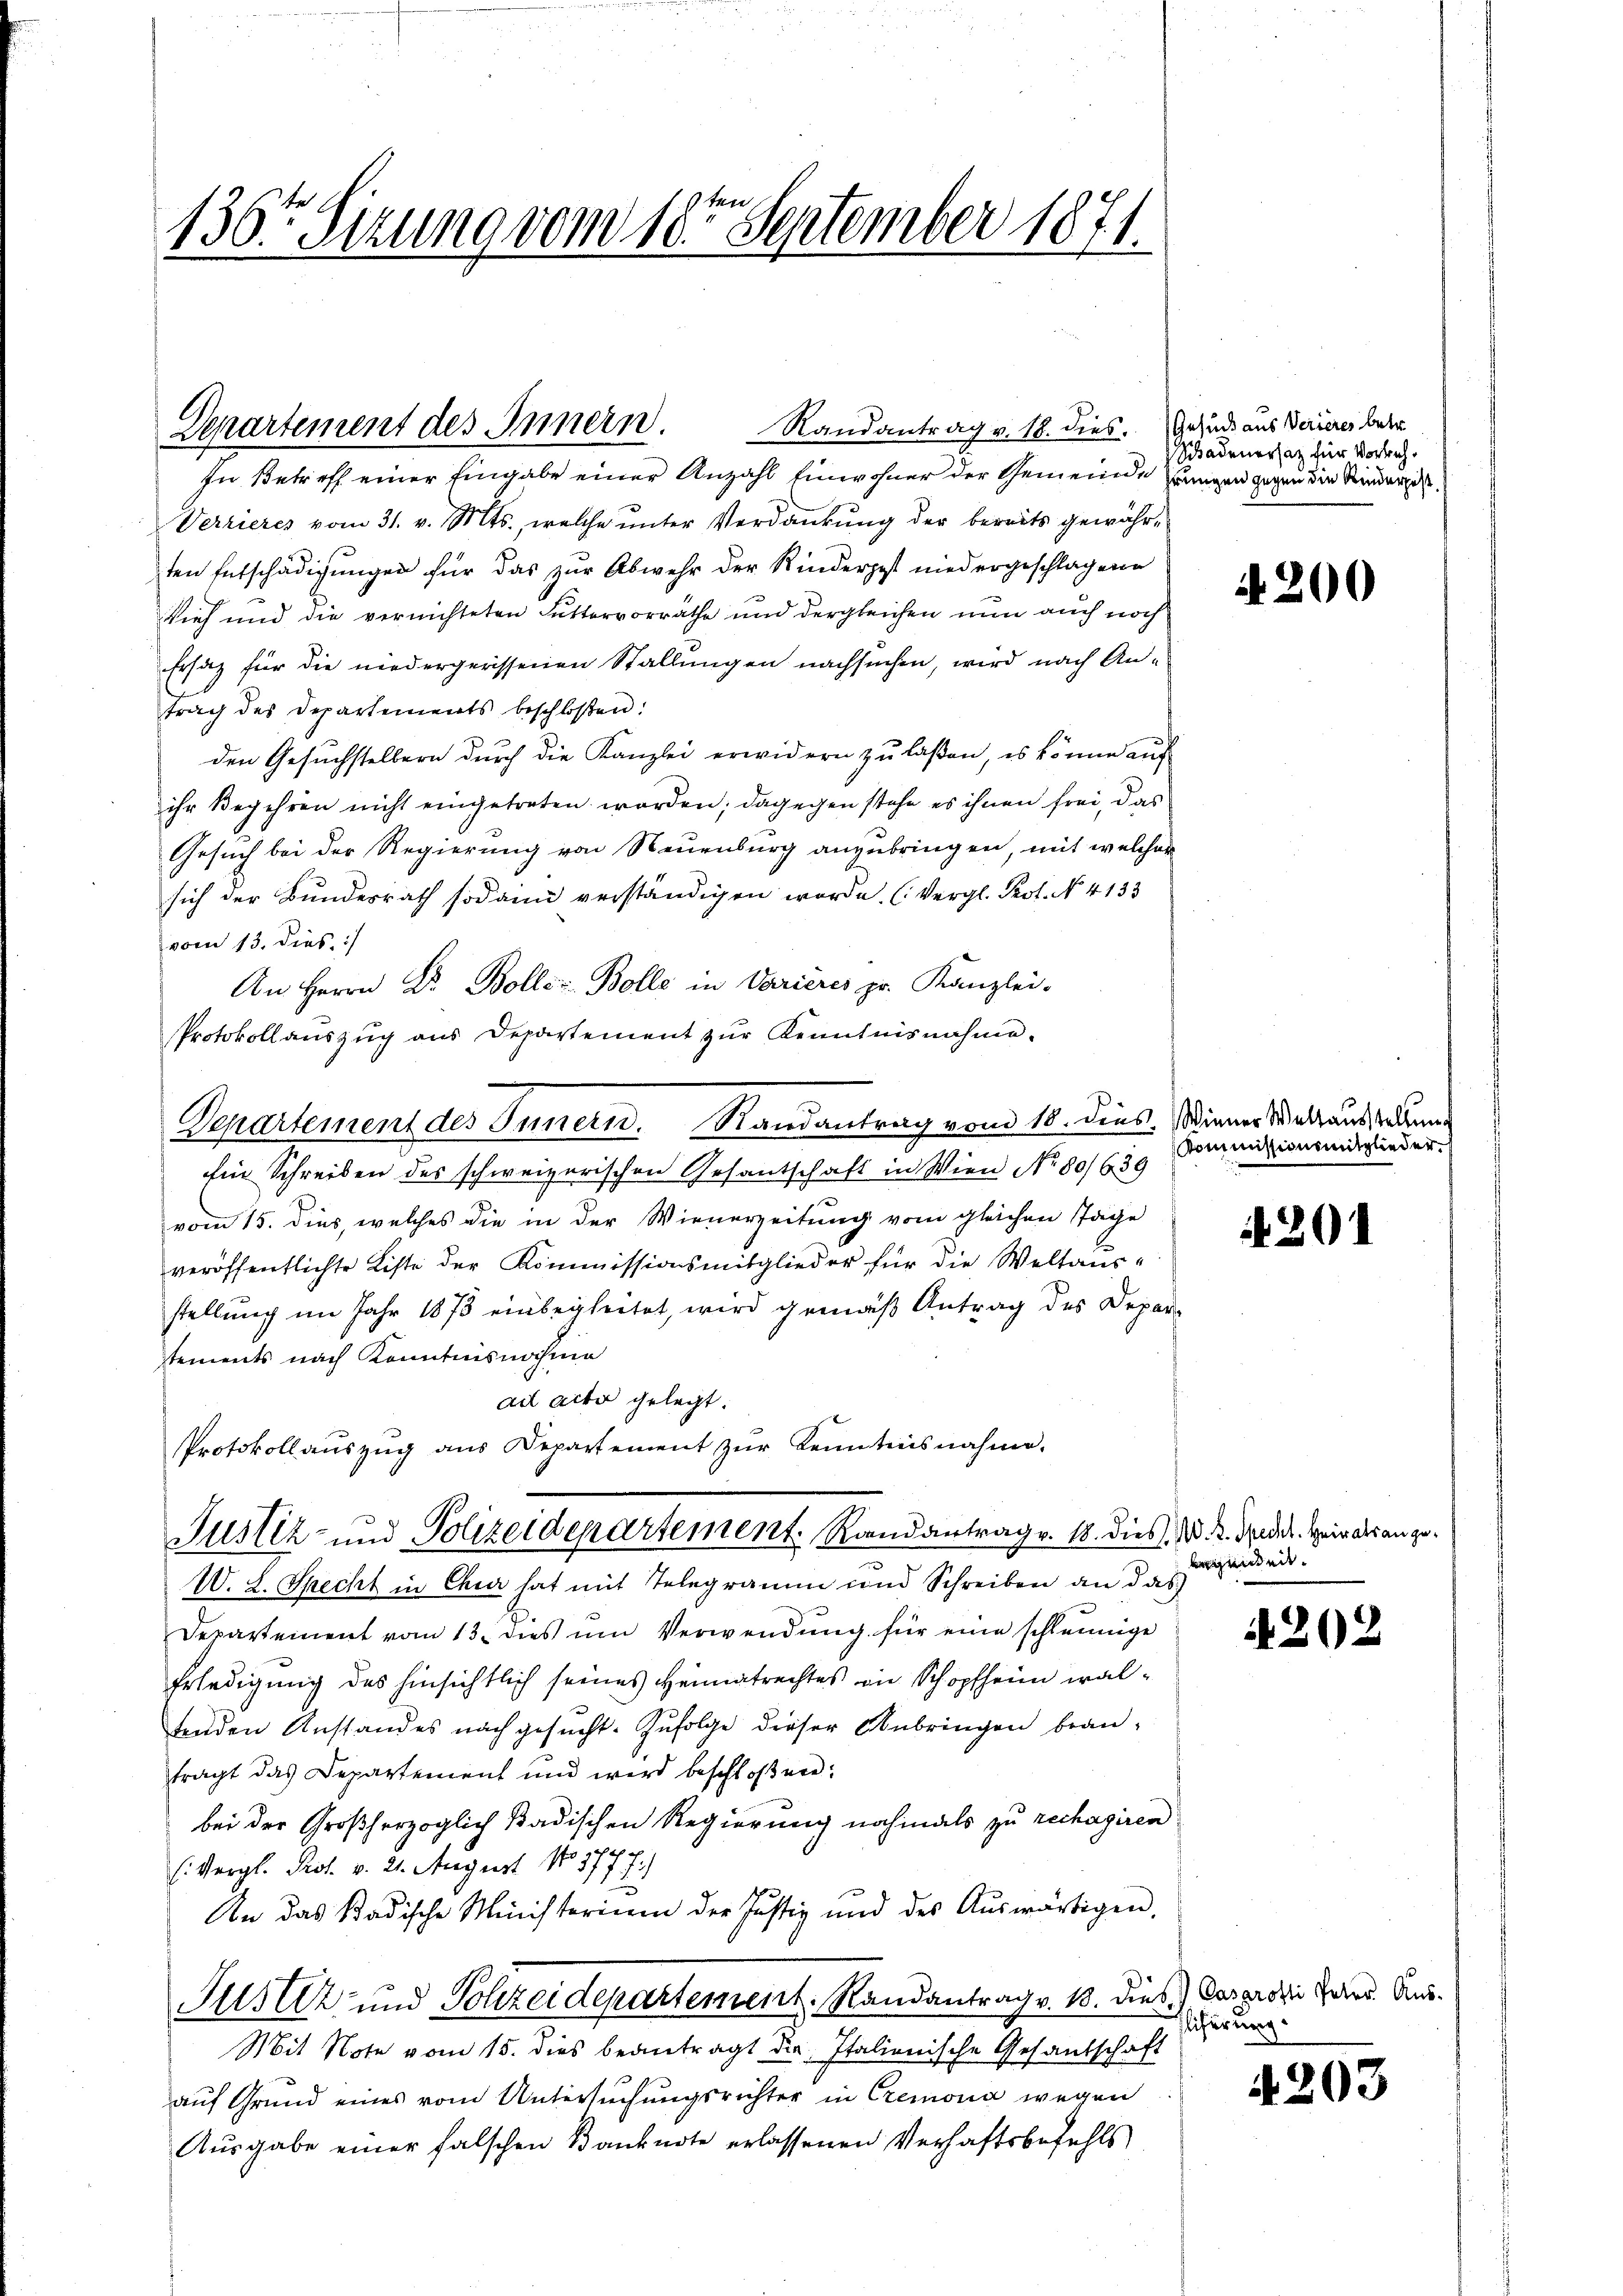
136ten Sizung vom 18ten September 1871.

Randantrag v. 18. dies. Gesind aus Serieres betr.
Departement des Innern.

In Betreff einer Eingabe einer Anzahl Einwohner der Gemeinde Zungen gegen die Kindersel¬
Verzieres vom 31. v. Mts., welche unter Verdankung der bereits gewährten Entschädigungen für das zur Abwehr der Kinderpost niedergeschlagene
Vieh und die vernichteten Futtervorräthe und dergleichen nun auch noch
Ersatz für die niedergerissenen Stallungen nachsuchen, wird nach Antrag des Departements beschloßen:
den Gesuchstellern durch die Kanzlei erwidern zu laßen, es könne auf
ihr Begehren nicht eingetreten worden; dagegen stehe es ihnen frei, das
Gesuch bei der Regierung von Neuenburg anzubringen, mit welcher
sich der Bundesrath sodann verständigen worde. (Vergl. Prot. No. 4133
vom 13. dies :/
An Herrn Dr. Boller Bolle in Varieres pr. Kanzlei-
Protokollauszug aus Departement zur Kenntnisnahme.
Ein Schreiben des schweizerischen Gesantschaft in Wien No 80/639
vom 15. dies, welches die in der Wienerzeitung vom gleichen Tage
veröffentlichte Kiste der Kommissionsmitglieder für die Weltausstellung im Jahr 1873 einbegleitet, wird gemäß Antrag des Deparstements nach Kenntnisnahme
ad acta gelegt.
Protokollaŭszŭg ans Departement zŭr Kenntnisnahme.
Justiz- und Polizeidepartement. Randantrag v. 18. dies N. 2. Nadel. Heirats an ge¬
W. L. Specht in Chur hat mit Telegramm und Schreiben an das
Departement vom 13. dies um Verwendung für eine schleunige
Erledigung des hinsichtlich seines Heimatrechtes in Schopfheim waltenden Anstandes nach gesucht. Zufolge dieser Anbringen bran-
tragt das Departement und wird beschloßen:
bei der Großherzoglich städischen Regierung nochmals zu rechagiren
(Vergl. Prof. v. 21. August No 577 f.)
An das Badische Ministerium der Justiz und des Aŭswärtigen,
Justiz und Polizeidepartement. Randantrag v. 18. dies.) Carprozi Jahre Aus¬
Mit Note vom 15. dies beantragt die Italienische Gesandschaft
auf Grund eines vom Untersuchungsrichter in Cremona wegen
Ausgabe einer falschen Banknote erlassenen Verhaftsbefehls

Departement des Innern. Randantrag vom 18. dies. Wiener Weltaus an

Schadenersatz für Vortrach¬

200

Kommissionsmitglieder.

A. 201

legenheit

4202

liferung

4203